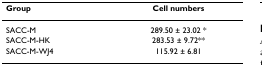
<table><thead><tr><td><b>Group</b></td><td><b>Cell numbers</b></td></tr></thead><tbody><tr><td>SACC-M</td><td>289.50 ± 23.02 *</td></tr><tr><td>SACC-M-HK</td><td>283.53 ± 9.72**</td></tr><tr><td>SACC-M-WJ4</td><td>115.92 ± 6.81</td></tr></tbody></table>